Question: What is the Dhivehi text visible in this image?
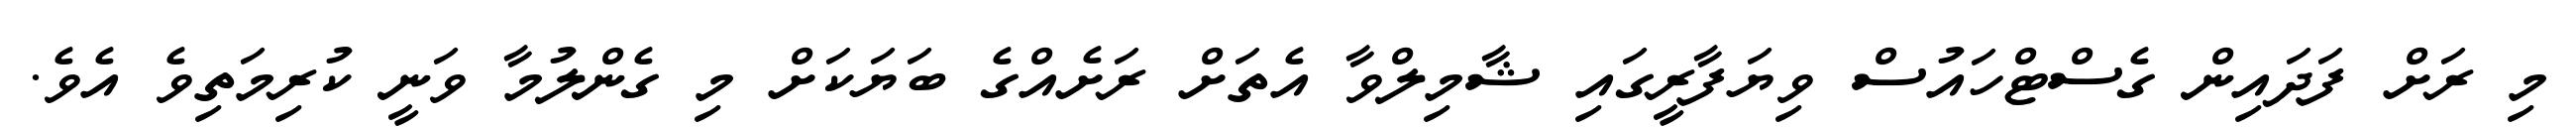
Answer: މި ރަށް ފަދައިން ގެސްޓްހައުސް ވިޔަފާރީގައި ޝާމިލްވާ އެތަށް ރަށެއްގެ ބަޔަކަށް މި ގެންލުމާ ވަނީ ކުރިމަތިވެ އެވެ.